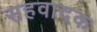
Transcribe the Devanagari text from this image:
सहवादक